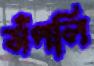
সঁপলি